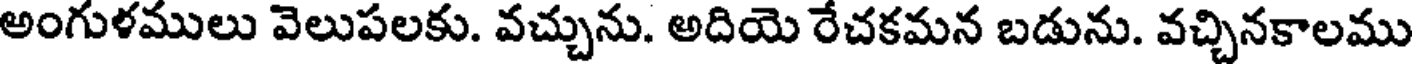
అంగుళములు వెలుపలకు. వచ్చును. అదియె రేచకమన బడును. వచ్చినకాలము